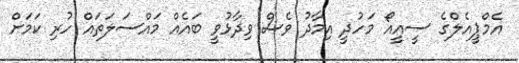
އެމްޕީއެލްގެ ސީއީއޯ މަހުދީ އިމާދު ވެސް ވިދާޅުވީ ބައެއް މައްސަލަތައް ހުރި ކަމަށް